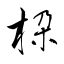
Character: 桗